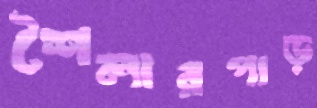
শৈলারপাড়